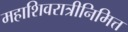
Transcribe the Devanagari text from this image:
महाशिवरात्रीनिमित्त